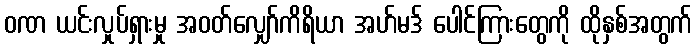
ဝဏ ယင်းလှုပ်ရှားမှု အဝတ်လျှော်ကိရိယာ အဟ်မဒ် ပေါင်ကြားတွေကို ထိုနှစ်အတွက်